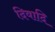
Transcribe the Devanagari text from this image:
दिवादि